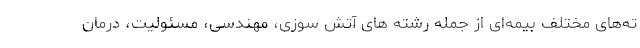
ته‌های مختلف بیمه‌ای از جمله رشته های آتش سوزی، مهندسی، مسئولیت، درمان